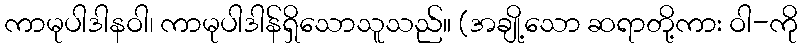
ကာမုပါဒါနဝါ၊ ကာမုပါဒါန်ရှိသောသူသည်။ (အချို့သော ဆရာတို့ကား ဝါ-ကို